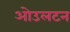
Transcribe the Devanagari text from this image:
ओउलटन